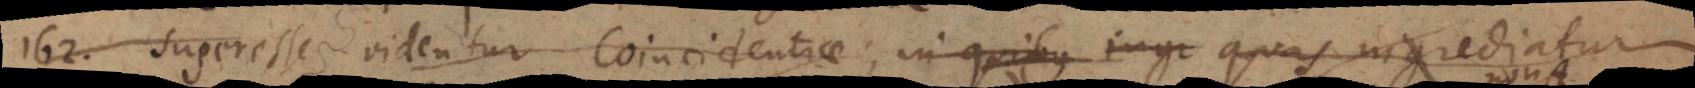
162) Superesse videntur Coincidentiae, in quibus ingr quas ingrediatur